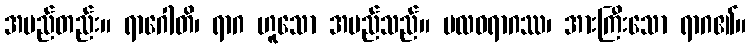
အမည်တည်း။ ရာဂေါတိ၊ ရာဂ ဟူသော အမည်သည်။ ဗလဝရာဂဿ၊ အားကြီးသော ရာဂ၏။